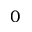
0